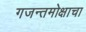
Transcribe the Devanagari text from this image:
गजन्तमोक्षाचा